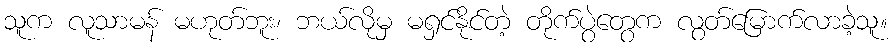
သူက လူသာမန် မဟုတ်ဘူး၊ ဘယ်လိုမှ မရှင်နိုင်တဲ့ တိုက်ပွဲတွေက လွတ်မြောက်လာခဲ့သူ။